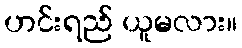
ဟင်းရည် ယူမလား။